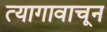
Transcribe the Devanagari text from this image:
त्यागावाचून